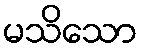
မသိသော